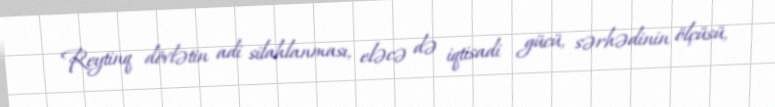
Reytinq dövlətin adi silahlanması, eləcə də iqtisadi gücü, sərhədinin ölçüsü,